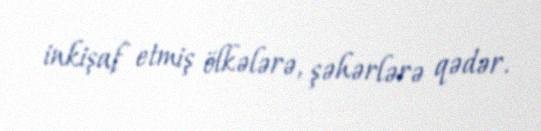
inkişaf etmiş ölkələrə, şəhərlərə qədər.